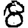
Digit: 8